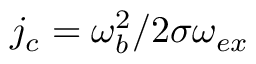
j _ { c } = \omega _ { b } ^ { 2 } / 2 \sigma \omega _ { e x }